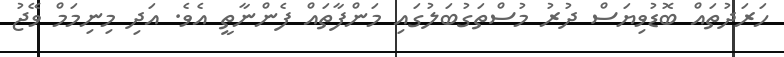
ހަރަދުތައް ބޮޑުވިޔަސް ދުރު މުސްތަގުބަލުގައި މަންފާތައް ފެންނާތީ އެވެ. އަދި މިނިމަމް ވޭޖު